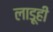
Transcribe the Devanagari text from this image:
लाडूही